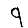
Digit: 9